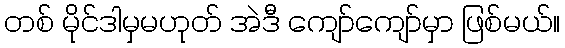
တစ် မိုင်ဒါမှမဟုတ် အဲဒီ ကျော်ကျော်မှာ ဖြစ်မယ်။